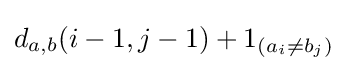
d_{a,b}(i-1,j-1)+1_{(a_{i}\neq b_{j})}